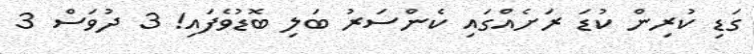
ގަޑި ކުރިން ކުޑަ ރަށެއްގައި ކެންސަރު ބަލި ބޮޑުވެފައި! 3 ދުވަސް 3